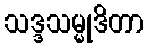
သဒ္ဒသမ္မုဒိတာ